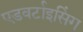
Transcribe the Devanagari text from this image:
एडवर्टाइसिंग